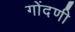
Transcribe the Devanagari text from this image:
गोंदणी